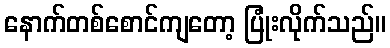
နောက်တစ်စောင်ကျတော့ ပြုံးလိုက်သည်။